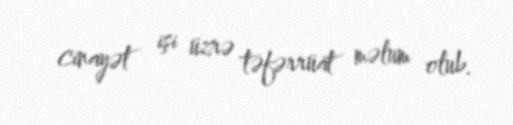
cinayət işi üzrə təfərrüat məlum olub.